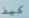
كيف